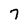
Character: 7